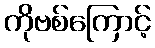
ကိုဗစ်ကြောင့်